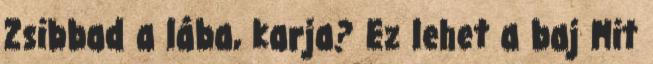
Zsibbad a lába, karja? Ez lehet a baj Mit